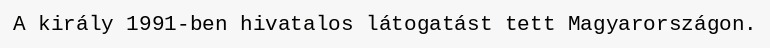
A király 1991-ben hivatalos látogatást tett Magyarországon.